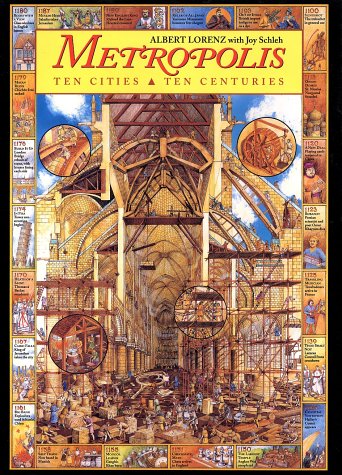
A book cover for Metropolis: Ten Cities, Ten Centuries; Albert Lorenz; Teen & Young Adult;